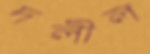
দলীল